Indian Civil Veterinary Department memoirs
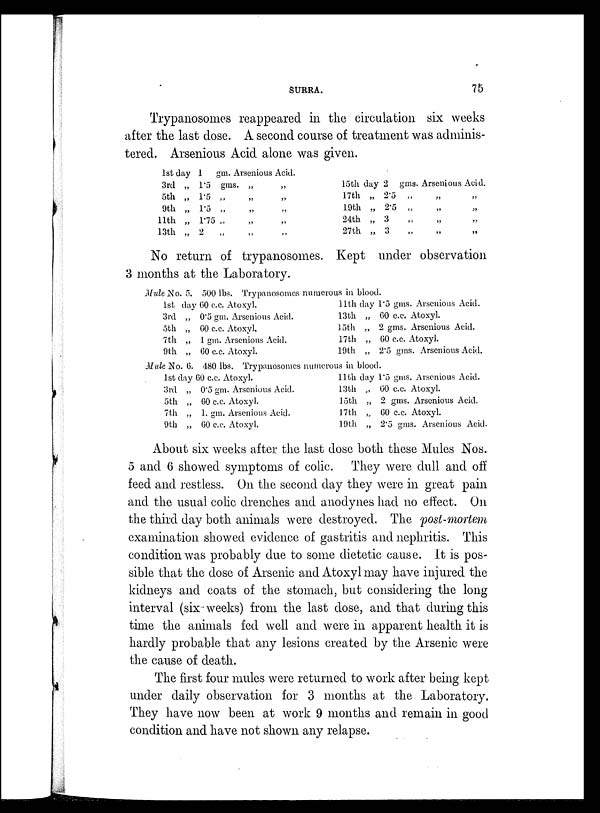
SURRA.
75
Trypanosomes reappeared in the circulation six weeks
after the last close. A second course of treatment was adminis-
tered. Arsenious Acid alone was given.
1st day 1 gm. Arsenious Acid.
3rd „ 1.5 gms.
„
„
5th „ 1.5 „ „ „
9th „ 1.5 „ „ „
11th „ 1.75 „ „ „
13th „ 2 „ „ „
15th day 2 gms. Arsenious Acid.
17th „ 2.5 „ „ „
19th „ 2.5 „ „ „
24th „ 3 „ „ „
27th „ 3 „ „ „
No return of trypanosomes. Kept under observation
3 months at the Laboratory.
Mule No. 5. 500 lbs. Trypanosomes numerous in blood.
1st day 60 c.c. Atoxyl.
3rd „ 0.5 gm. Arsenious Acid.
5th „ 60 c.c. Atoxyl.
7th „ 1 gm. Arsenious Acid.
9th „ 60 c.c. Atoxyl.
11th day 1.5 gms. Arsenious Acid.
13th „ 60 c.c. Atoxyl.
15th „ 2 gms. Arsenious Acid.
17th „ 60 c.c. Atoxyl.
19th „ 2.5 gms. Arsenious Acid.
Mule No. 6. 480 lbs. Trypanosomes numerous in blood.
1st day 60 c.c. Atoxyl.
3rd „ 0.5 gm. Arsenious Acid.
5th „ 60 c.c. Atoxyl.
7th „ 1. gm. Arsenious Acid.
9th „ 60 c.c. Atoxyl.
11th day 1.5 gms. Arsenious Acid.
13th „ 60 c.c. Atoxyl.
15th „ 2 gms. Arsenious Acid.
17th „ 60 c.c. Atoxyl.
19th „ 2.5 gms. Arsenious Acid.
About six weeks after the last dose both these Mules Nos.
5 and 6 showed symptoms of colic. They were dull and off
feed and restless. On the second day they were in great pain
and the usual colic drenches and anodynes had no effect. On
the third day both animals were destroyed. The post-mortem
examination showed evidence of gastritis and nephritis. This
condition was probably due to some dietetic cause. It is pos-
sible that the dose of Arsenic and Atoxyl may have injured the
kidneys and coats of the stomach, but considering the long
interval (six weeks) from the last dose, and that during this
time the animals fed well and were in apparent health it is
hardly probable that any lesions created by the Arsenic were
the cause of death.
The first four mules were returned to work after being kept
under daily observation for 3 months at the Laboratory.
They have now been at work 9 months and remain in good
condition and have not shown any relapse.